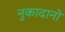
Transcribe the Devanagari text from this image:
नुकादानो